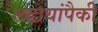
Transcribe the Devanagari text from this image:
लढायांपैकी